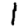
Digit: 1